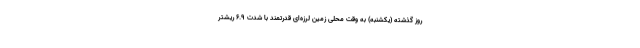
روز گذشته (یکشنبه) به وقت محلی زمین لرزه‌ای قدرتمند با شدت ۶.۹ ریشتر